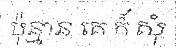
ប៉ុន្មាន គេ ក៏ សុំ